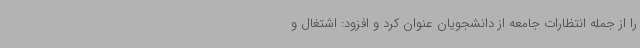
را از جمله انتظارات جامعه از دانشجویان عنوان کرد و افزود: اشتغال و